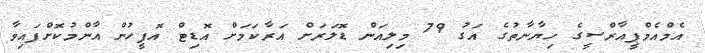
އެމްއެމްޕީއާރްސީގެ ހިޔާނާތުގެ އަގު 79 މިލިއަން ޑޮލަރަށް އަރާކަމަށް އޮޑިޓް އޮފީހުން އާންމުކޮށްފައިވާ